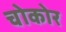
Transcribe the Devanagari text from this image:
चोकोर